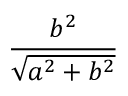
\frac { b ^ { 2 } } { \sqrt { a ^ { 2 } + b ^ { 2 } } }